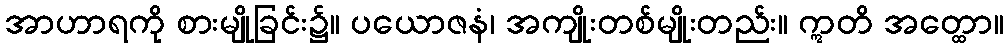
အာဟာရကို စားမျိုခြင်း၌။ ပယောဇနံ၊ အကျိုးတစ်မျိုးတည်း။ ဣတိ အတ္ထော။